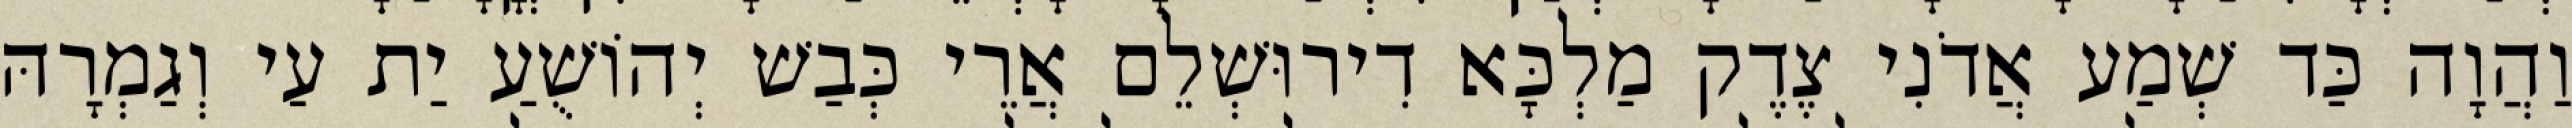
וַהֲוָה כַּד שְׁמַע אֲדֹנִי צֶדֶק מַלְכָּא דִירוּשְׁלֵם אֲרֵי כְּבַשׁ יְהוֹשֻׁעַ יַת עַי וְגַמְרָהּ